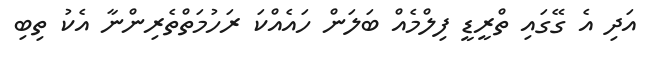
އަދި އެ ގޭގައި ތްރީޑީ ފިލްމެއް ބަލަން ހައެއްކަ ރަހުމަތްތެރިންނާ އެކު ތިބި